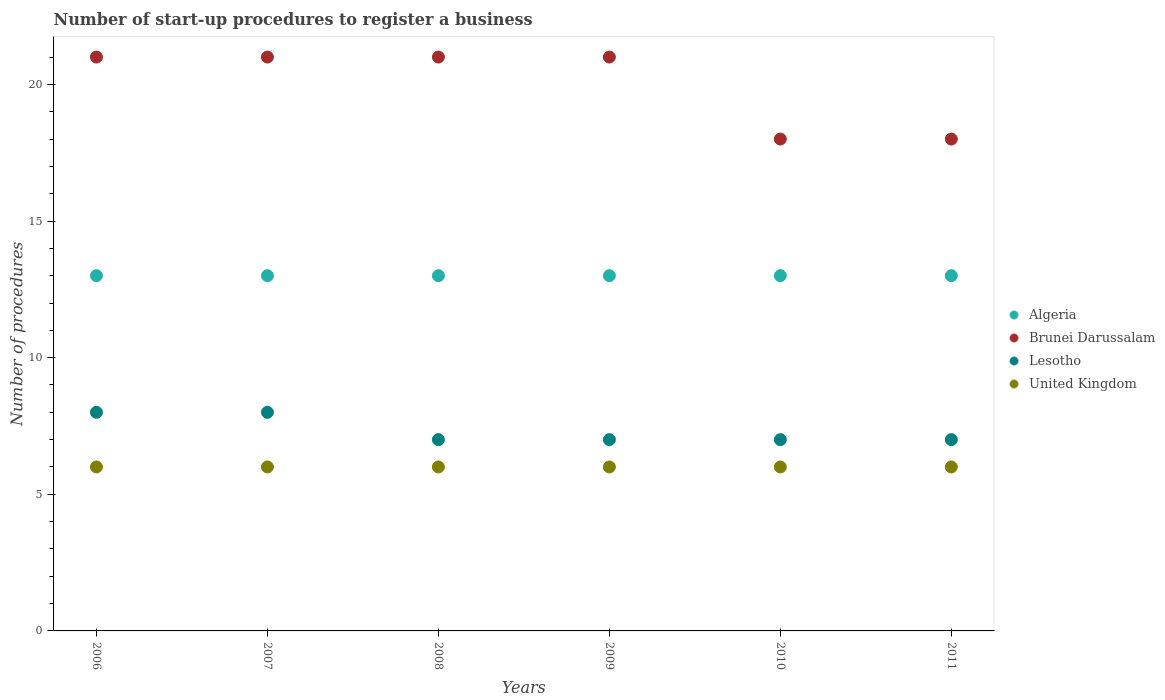
| Years | Algeria | Brunei Darussalam | Lesotho | United Kingdom |
 | --- | --- | --- | --- | --- |
 | 2006 | 13 | 21 | 8 | 6 |
 | 2007 | 13 | 21 | 8 | 6 |
 | 2008 | 13 | 21 | 7 | 6 |
 | 2009 | 13 | 21 | 7 | 6 |
 | 2010 | 13 | 18 | 7 | 6 |
 | 2011 | 13 | 18 | 7 | 6 |